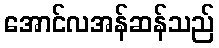
အောင်လအန်ဆန်သည်